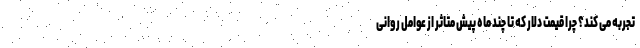
تجربه می کند؟ چرا قیمت دلار که تا چند ماه پیش متاثر از عوامل روانی